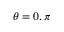
\theta = 0 , \pi